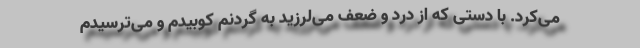
می‌کرد. با دستی که از درد و ضعف می‌لرزید به گردنم کوبیدم و می‌ترسیدم